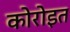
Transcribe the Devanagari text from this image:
कोरोइत